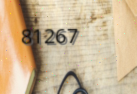
81267